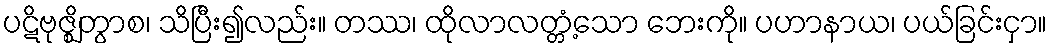
ပဋိဗုဇ္ဈိတွာစ၊ သိပြီး၍လည်း။ တဿ၊ ထိုလာလတ္တံ့သော ဘေးကို။ ပဟာနာယ၊ ပယ်ခြင်းငှာ။